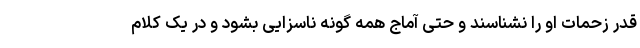
قدر زحمات او را نشناسند و حتی آماج همه گونه ناسزایی بشود و در یک کلام